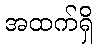
အထက်ရှိ